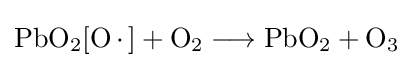
{\mathrm {PbO} {\vphantom {A}}_{\smash[{t}]{2}}[\mathrm {O} \,{\cdot }\,]{}+{}\mathrm {O} {\vphantom {A}}_{\smash[{t}]{2}}{}\mathrel {\longrightarrow } {}\mathrm {PbO} {\vphantom {A}}_{\smash[{t}]{2}}{}+{}\mathrm {O} {\vphantom {A}}_{\smash[{t}]{3}}}